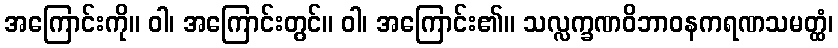
အကြောင်းကို။ ဝါ၊ အကြောင်းတွင်။ ဝါ၊ အကြောင်း၏။ သလ္လက္ခဏဝိဘာဝနကရဏသမတ္ထံ၊